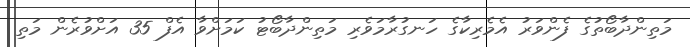
މަތިންދާބޯތުގެ ފެންވަރު އެމެރިކާގެ ހަނގުރާމަވެރި މަތިންދާބޯޓު ކަމަށްވާ އެފް 35 އަށްވުރެން މަތި